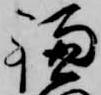
鎌